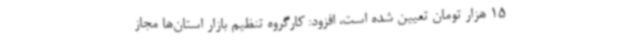
15 هزار تومان تعیین شده است، افزود: کارگروه تنظیم بازار استان‌ها مجاز